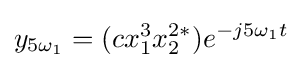
y_{5{\omega _{1}}}=(cx_{1}^{3}x_{2}^{2\ast })e^{-j5{\omega }_{1}t}